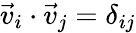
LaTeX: \vec{v}_{i}\cdot\vec{v}_{j}=\delta_{ij}